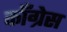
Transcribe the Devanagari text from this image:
काॅंग्रेस